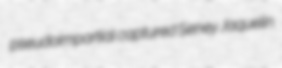
pseudoimpartial captured Seney Jaquelin